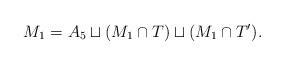
\begin{align*}M_1 = A_5 \sqcup (M_1\cap T) \sqcup (M_1 \cap T').\end{align*}